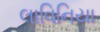
લાવિનિયા